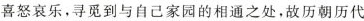
喜怒哀乐，寻觅到与自己家园的相通之处，故历朝历代